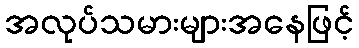
အလုပ်သမားများအနေဖြင့်